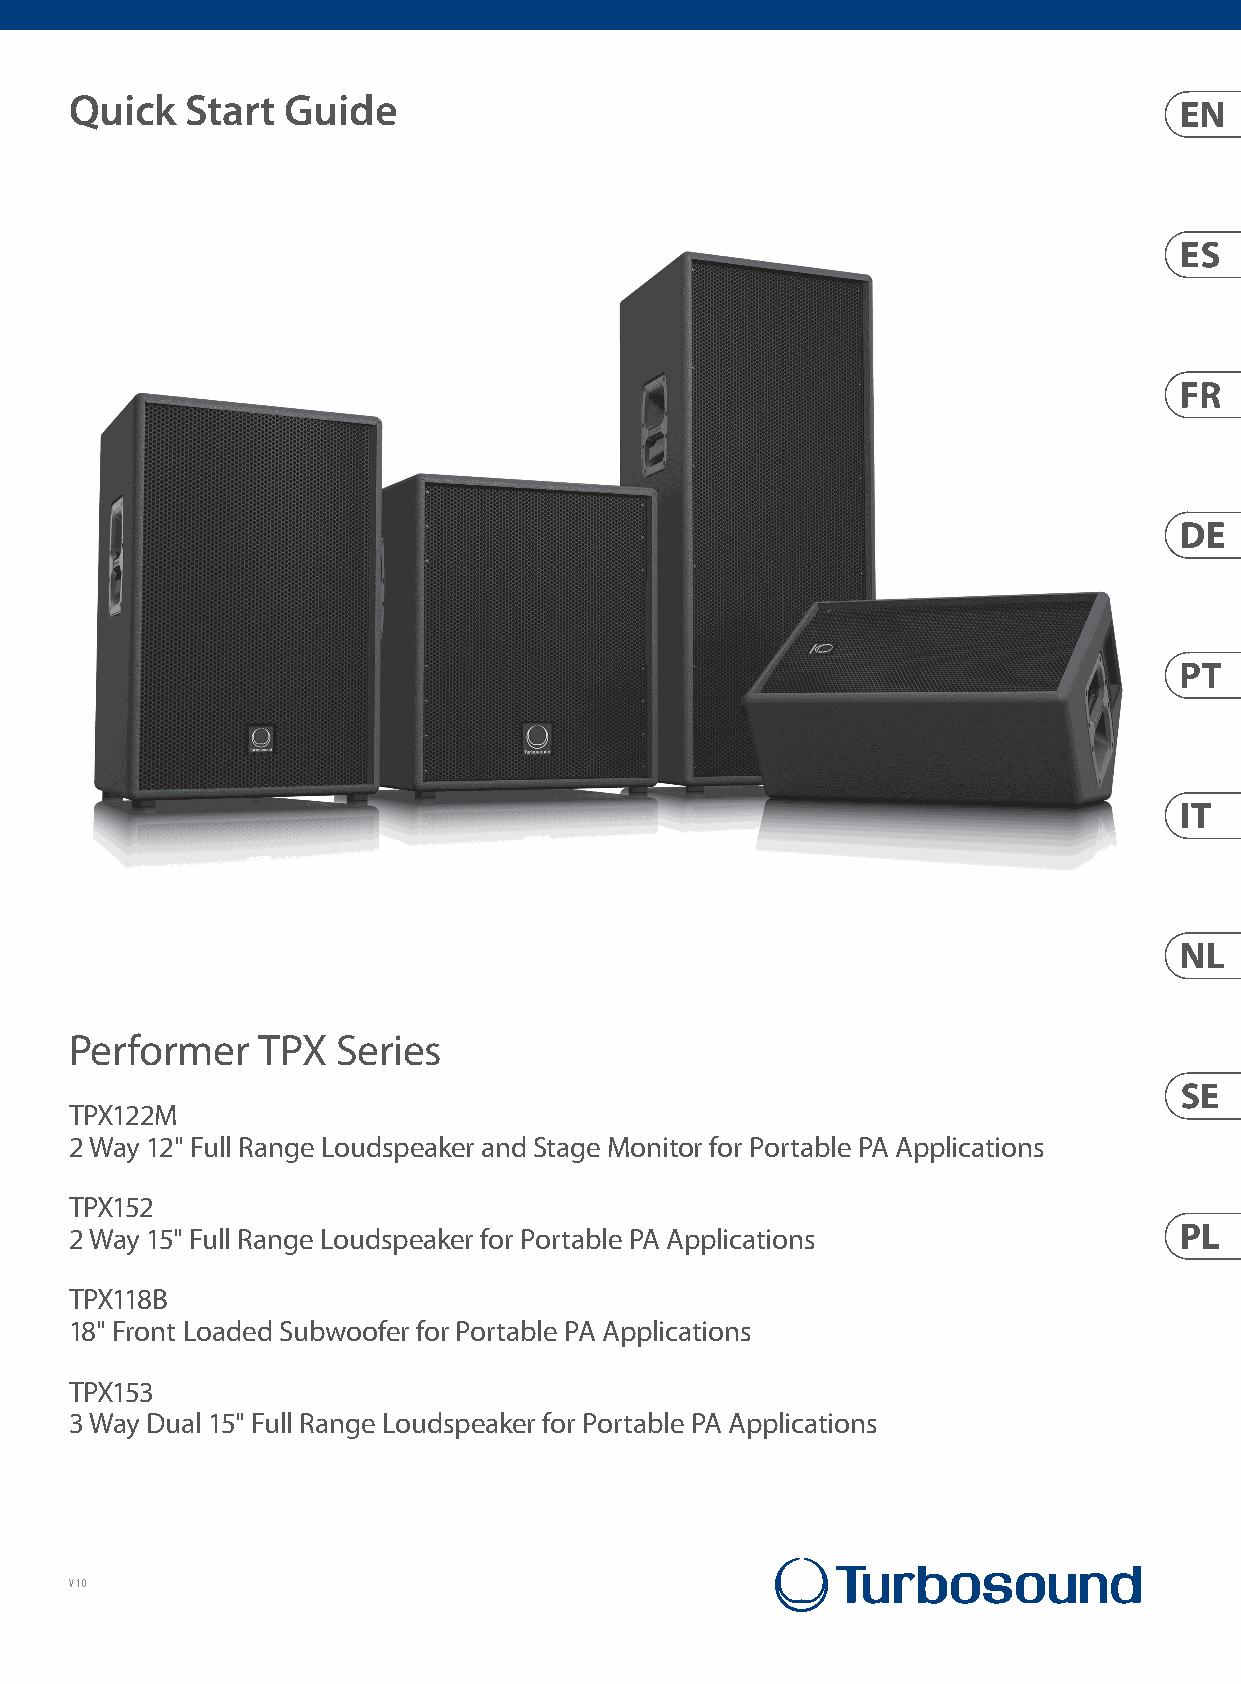
Quick  Start  Guide
 Performer   TPX  Series
 TPX122M
 2 Way 12" Full Range Loudspeaker and Stage Monitor for Portable PA Applications
 TPX152
 2 Way 15" Full Range Loudspeaker for Portable PA Applications
 TPX118B
 18" Front Loaded Subwoofer for Portable PA Applications
 TPX153
 3 Way Dual 15" Full Range Loudspeaker for Portable PA Applications
 V 1.0